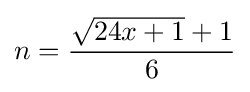
n={\frac {{\sqrt {24x+1}}+1}{6}}